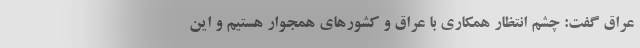
عراق گفت: چشم انتظار همکاری با عراق و کشور‌های همجوار هستیم و این